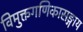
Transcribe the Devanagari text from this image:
विमुक्तगणिकासङ्गाय